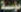
مؤسسة